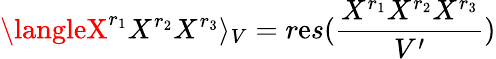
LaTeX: \langleX^{r_{1}}X^{r_{2}}X^{r_{3}}\rangle_{V}=r\mathrm{e}s({\frac{{X^{r_{1}}X^{r_{2}}X^{r_{3}}}}{{V^{\prime}}}})